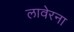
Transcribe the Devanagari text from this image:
लावेरना